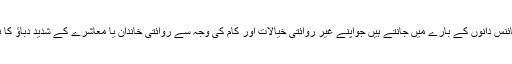
ہم بہت سے مشہور مصنفین، فلسفیوں اور سائنس دانوں کے بارے میں جانتے ہیں جواپنے غیر روائتی خیالات اور کام کی وجہ سے روائتی خاندان یا معاشرے کے شدید دباؤ کا نشانہ بنے اور ذہنی انتشارکا شکار ہو گئے ۔